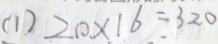
( 1 ) 2 0 \times 1 6 = 3 2 0